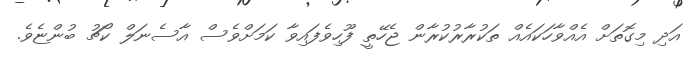
އަދި މިގޮތަށް އެއްވާހަކައެއް ތަކުރާރުކުރާން ޖެހޭތީ ފޫހިވެފައިވާ ކަމަށްވެސް އާސެނަލް ކޯޗު ބުންޏެވެ.